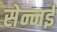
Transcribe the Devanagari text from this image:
सेन्नई